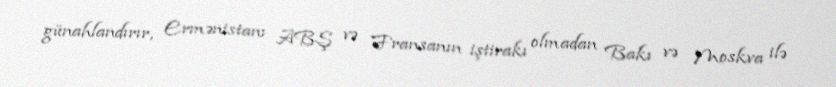
günahlandırır, Ermənistanı ABŞ və Fransanın iştirakı olmadan Bakı və Moskva ilə